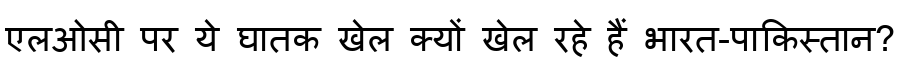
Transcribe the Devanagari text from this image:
एलओसी पर ये घातक खेल क्यों खेल रहे हैं भारत-पाकिस्तान?